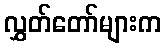
လွှတ်တော်များက